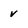
Character: v